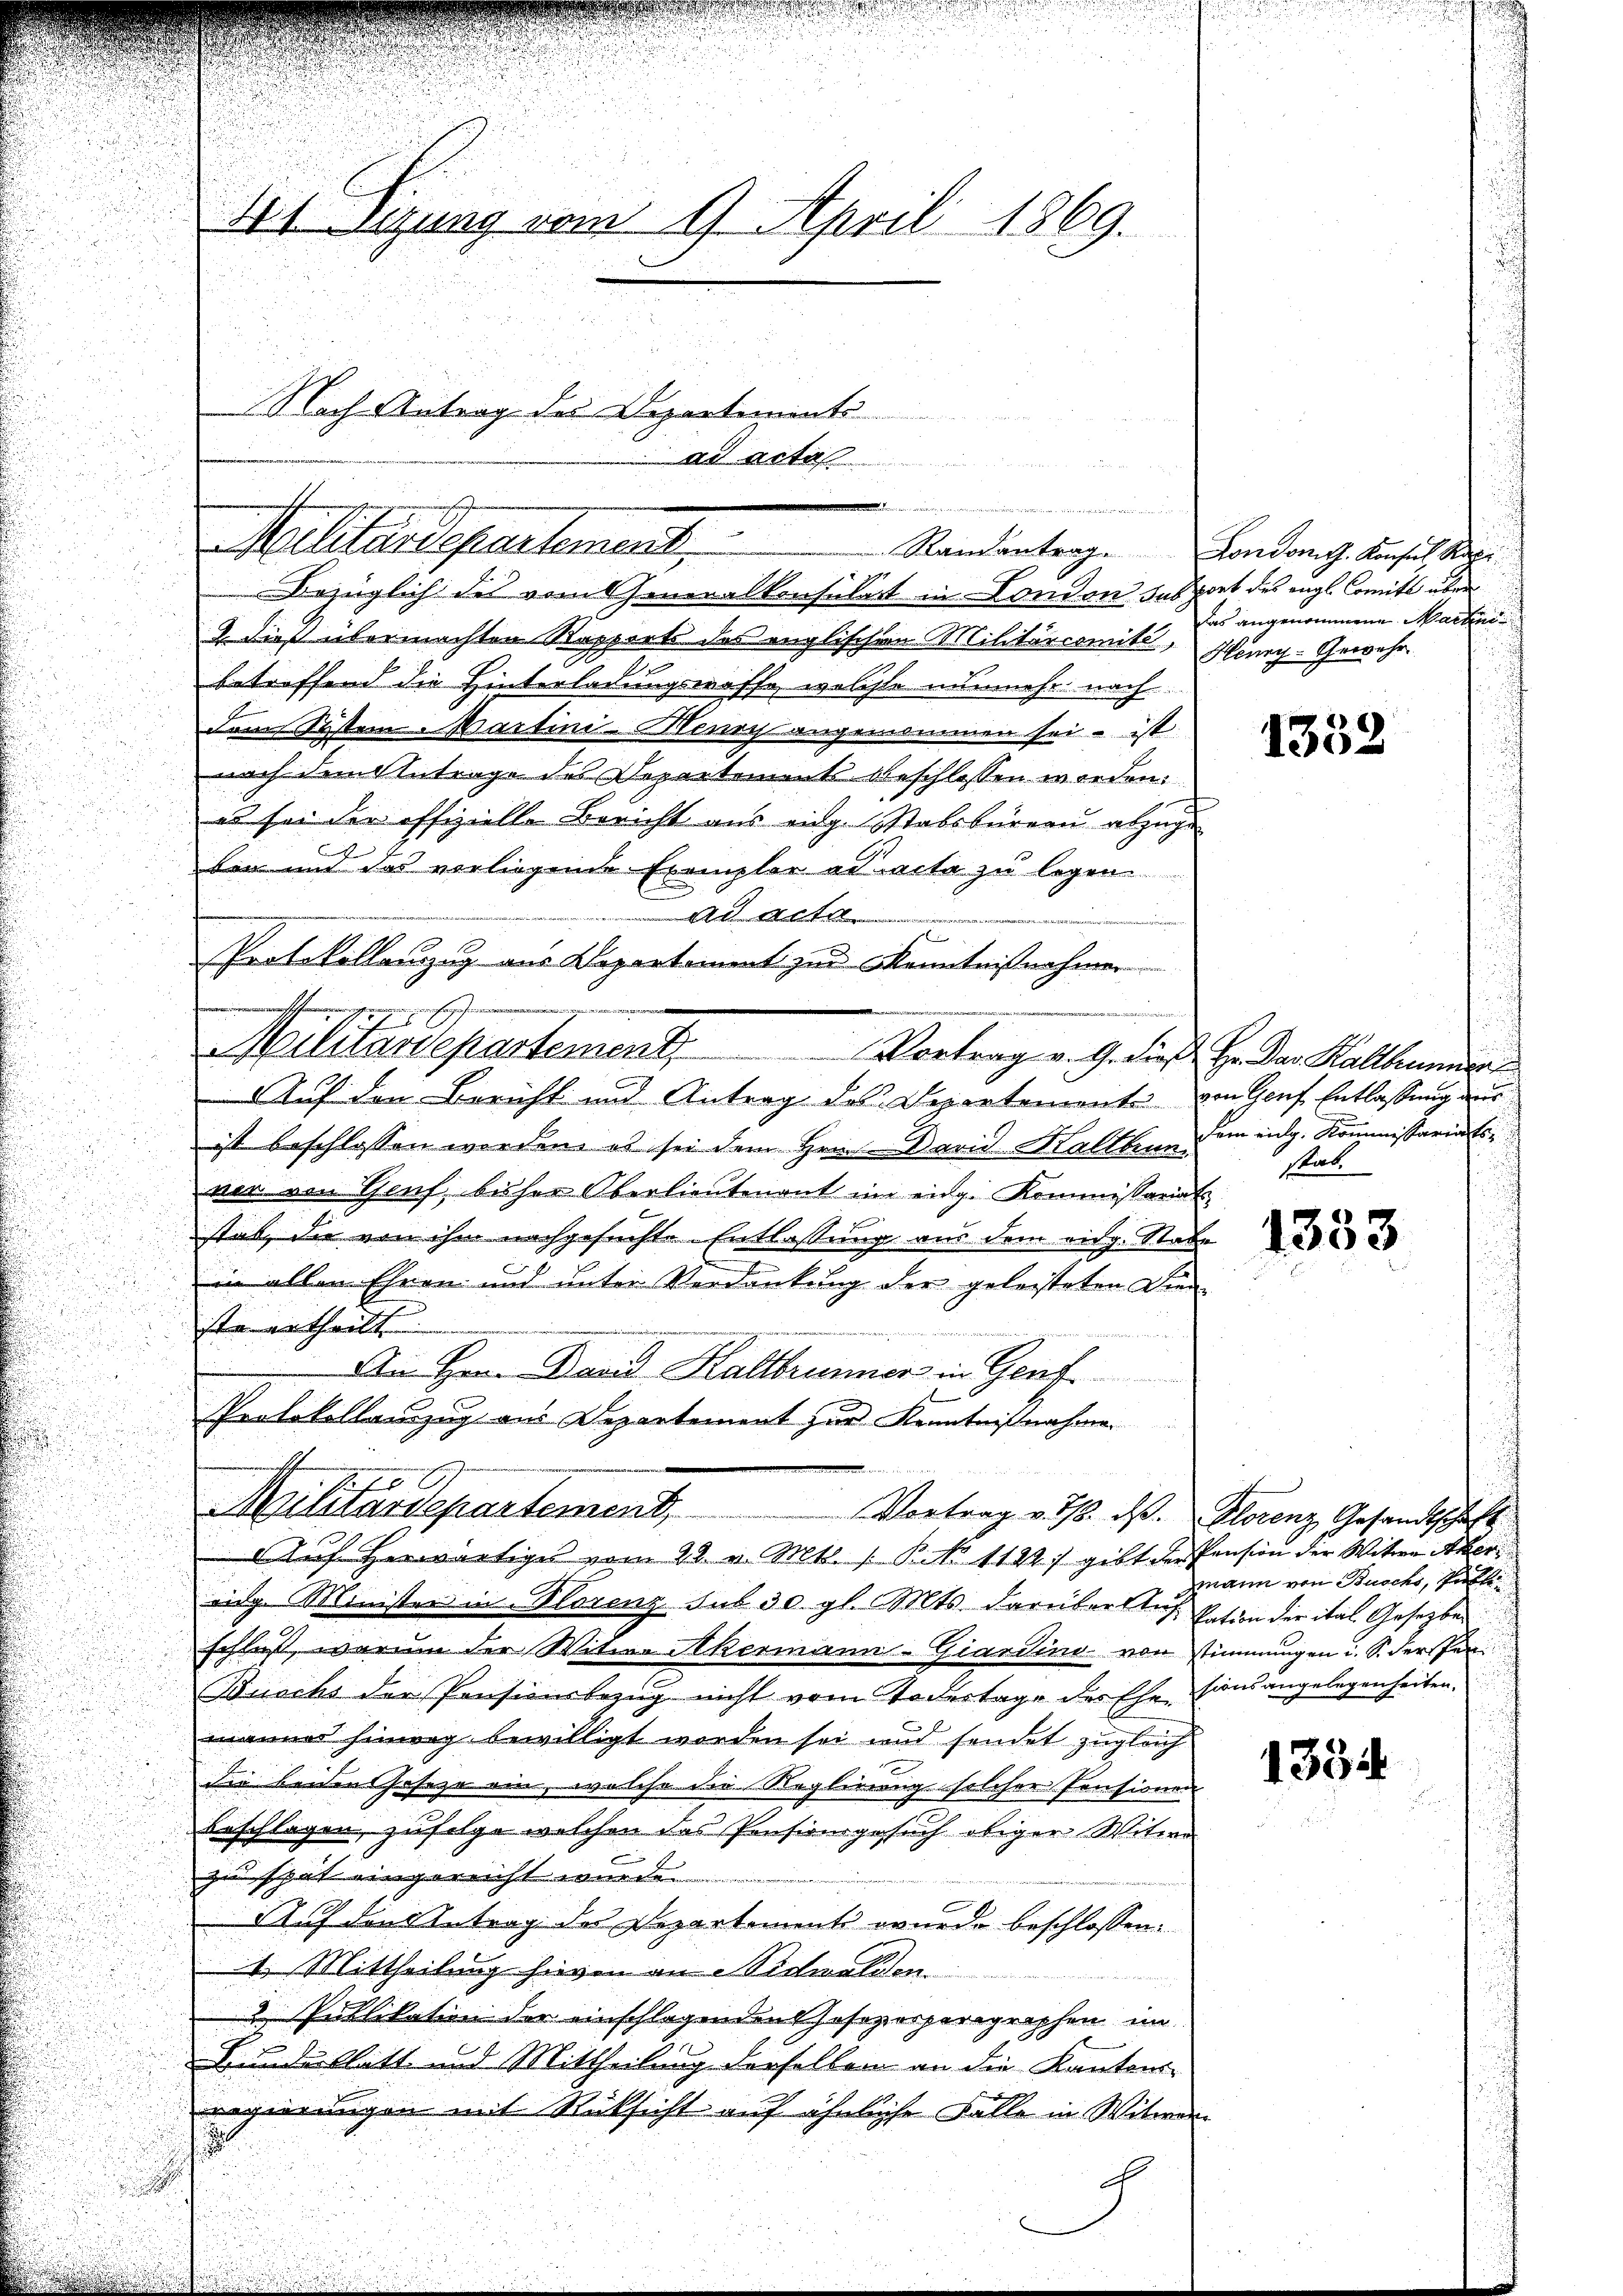
Il Syung vom 9. April 1869.

Nach Antrag des Departements
Malitärdepartement,

u
Bezüglich des vom Generalkonsulat in London des port des engl. Comitt über
2. dieß übermachten Rapports des englischen Militarcomite, Henry-Gewehr-
betreffend die Hinterladungswaffe, welche nunmehr nach
dem System Martini-Mensch angenommen sei – ist
nach dem Antrage des Departement beschlossen worden.
es sei der offizielle Bericht aus eidg. Stabsbureau abzuge
ken und das verliegende Exemplar ad acta zu legen
Auf den Bericht und Antrag des Departemente von Genf Entlassung aus
ist beschlossen werden, es sei dem Hrn. David Haltbrun dem eidg. Kommissariats-
ver von Genf, bisher Oberlieutenant im eidg. Kommissariat
stab, die von ihm nachgesuchte Entlassung aus dem eidg. Stabe
in allen Ehren und unter Verdankung der geleisteten Dienste ertheilt

Ain Herr Band Kaltbrunner in Genf
Protokollanzug aus Departement zur Kenntnißnahme
i
Militärdepartement,
Vortrag v. 18. ds. Florenz Gesandtschaft
Auf herwärtiges vom 28. v. Mts. 1. P. No 1182) gibt der Pension der Witwe Aber
eidg. Minister in Florenz sub 30. gl. Mts. darübersteht sation der ital. Gesetzbeschluß, warum der Witwe Akermann-Giardini von stimmungen u. S. derfen
Buchs der Pensionsbezug nicht vom Todestage des Ehesionsangelegenheiten.
männer hinweg bewilligt worden sei und sendet zugleich
Die beiden Jeseze ein, welche die Reglirung solcher Pensionen
beschlagen, zufolge welchen das Pensionsgesuch obiger Witwe
zu spät eingereicht wurde.
Auf den Antrag des Departement wurde beschlossen:
1. Mittheilung hievon an Nidwalden.
2 Publikation der einschlagenden Josozosperagraphen im
Bundesblatt und Mittheilung derselben an die Kantons-
regierungen mit Rücksicht auf ähnliche Falle in Witwer
3
A

ad acta

Ad acta
Protokollanzug aus Departement zur Kenntnißnahmen

Militärdepartement. Vortrag v. G. dieß Hr. den Haltun

n
Randantrag.

London. Konsul Kapi
das angenommene Macken

1352

stab

1333

mann von Busch, Past

1354

u